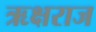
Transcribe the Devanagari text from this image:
ऋक्षराज